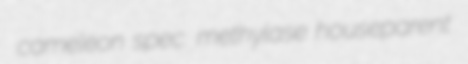
cameleon spec. methylase houseparent